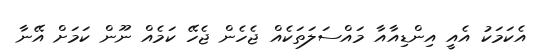
އެކަމަކު އެއީ އިންޑިއާއާ މައްސަލަތަކެއް ޖެހެން ޖެހޭ ކަމެއް ނޫން ކަމަށް އޭނާ